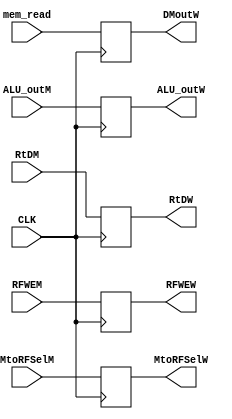
`timescale 1ns / 1ps
//////////////////////////////////////////////////////////////////////////////////
// Company: 
// Engineer: 
// 
// Design Name: 
// Module Name: Pipe_WB
// Project Name: 
// Target Devices: 
// Tool Versions: 
// Description: 
// 
// Dependencies: 
// 
// Revision:
// Revision 0.01 - File Created
// Additional Comments:
// 
//////////////////////////////////////////////////////////////////////////////////


module Pipe_WB(
input CLK,
input RFWEM ,MtoRFSelM,
output reg RFWEW ,MtoRFSelW,

input [31:0] mem_read,
output reg [31:0] DMoutW,

input [31:0]  ALU_outM,
output reg [31:0]  ALU_outW,

input [4:0] RtDM,
output reg [4:0] RtDW

    );
    
    always @(posedge CLK) begin
    
    RFWEW <= RFWEM;
    MtoRFSelW <= MtoRFSelM;
    DMoutW <= mem_read;
    ALU_outW <= ALU_outM;
    RtDW <= RtDM; 
    end
   
   
   
   
//    always @(negedge CLK) begin
    
//    RFWEW <= RFWEM;
//    MtoRFSelW <= MtoRFSelM;
//    DMoutW <= mem_read;
//    ALU_outW <= ALU_outM;
//    RtDW <= RtDM; 
//    end
   
   
    
    
    
    
    
endmodule